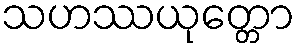
သဟဿယုတ္တော